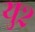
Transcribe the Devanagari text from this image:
यु२